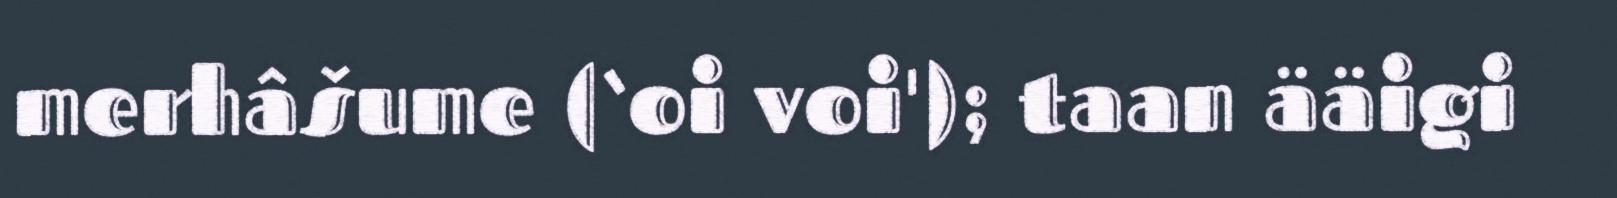
merhâšume (‘oi voi'); taan ääigi